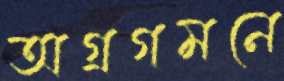
অগ্রগমনে